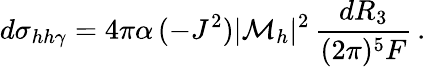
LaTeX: d\sigma_{hh\gamma}=4\pi\alpha\, (-J^{2})|{\cal M}_{h}|^{2}\, {\frac{dR_{3}}{(2\pi)^{5}F}}\, .